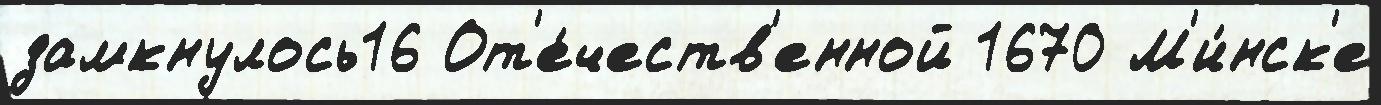
замкнулось16 От'е́честв'енной 1670 М'и́нск'е